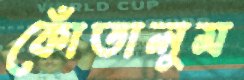
কোঁতালুম